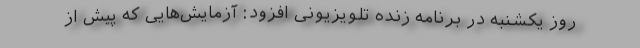
روز یکشنبه در برنامه زنده تلویزیونی افزود: آزمایش‌هایی که پیش ‌از